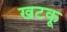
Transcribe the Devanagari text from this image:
खटकू